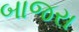
બાજરા